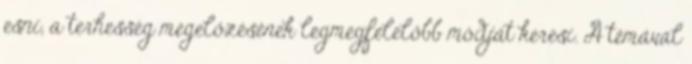
esni, a terhesség megelőzésének legmegfelelőbb módját keresi. A témával